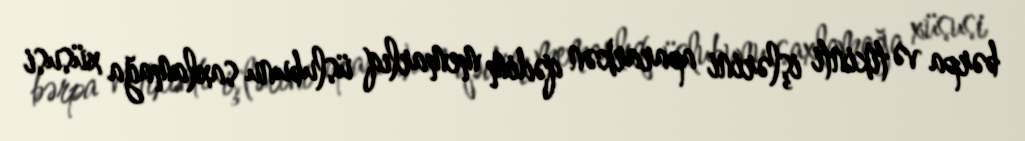
bərpa və tikinti işlərini apararkən qədim memarlıq üslubunu saxlamağa xüsusi